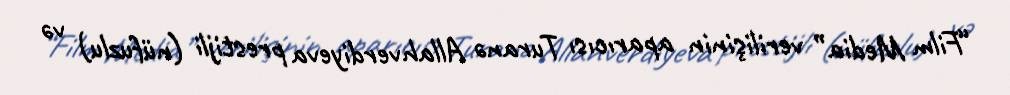
“Film Media” verilişinin aparıcısı Turanə Allahverdiyeva prestijli (nüfuzlu) və